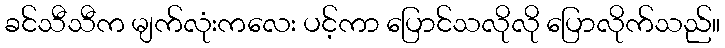
ခင်သီသီက မျက်လုံးကလေး ပင့်ကာ ပြောင်သလိုလို ပြောလိုက်သည်။